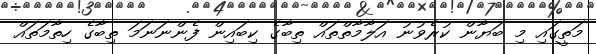
މަތީގައި މި ބަޔާން ކުރެވުނު އަލާމާތްތައް ތިބާގެ ކިބައިން ފެންނަނަމަ ތިބާގެ ހިތާމަތައް